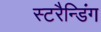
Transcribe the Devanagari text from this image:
स्टरैन्डिंग